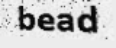
bead